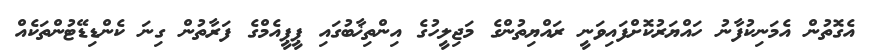
އެގޮތުން އެމަނިކުފާނު ހައްޔަރުކޮށްފައިވަނީ ރައްޔިތުންގެ މަޖިލީހުގެ އިންތިޚާބުގައި ޕީޕީއެމްގެ ފަރާތުން ގިނަ ކެންޑިޑޭޓުންތަކެއް